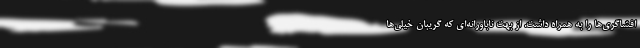
افشاگری‌ها را به همراه داشت. از بهت ناباورانه‌ای که گریبان خیلی‌ها